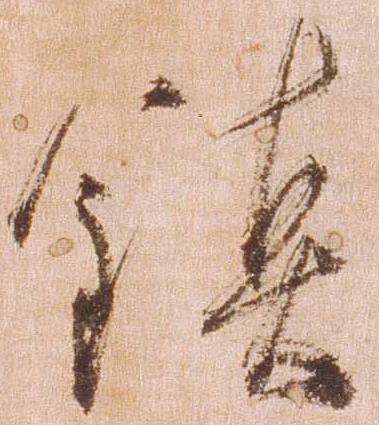
鎮